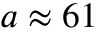
a \approx 6 1